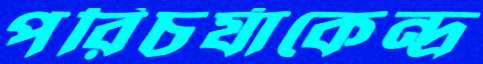
পরিচর্যাকেন্দ্র